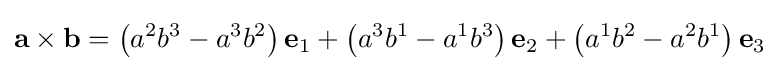
\mathbf {a} \times \mathbf {b} =\left(a^{2}b^{3}-a^{3}b^{2}\right)\mathbf {e} _{1}+\left(a^{3}b^{1}-a^{1}b^{3}\right)\mathbf {e} _{2}+\left(a^{1}b^{2}-a^{2}b^{1}\right)\mathbf {e} _{3}